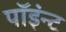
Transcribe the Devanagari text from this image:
पॉइंन्ट